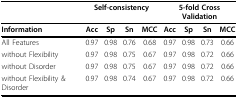
<table><thead><tr><td></td><td colspan="4"><b>Self-consistency</b></td><td colspan="4"><b>5-fold Cross Validation</b></td></tr></thead><tbody><tr><td><b>Information</b></td><td><b>Acc</b></td><td><b>Sp</b></td><td><b>Sn</b></td><td><b>MCC</b></td><td><b>Acc</b></td><td><b>Sp</b></td><td><b>Sn</b></td><td><b>MCC</b></td></tr><tr><td>All Features</td><td>0.97</td><td>0.98</td><td>0.76</td><td>0.68</td><td>0.97</td><td>0.98</td><td>0.73</td><td>0.66</td></tr><tr><td>without Flexibility</td><td>0.97</td><td>0.98</td><td>0.75</td><td>0.67</td><td>0.97</td><td>0.98</td><td>0.72</td><td>0.66</td></tr><tr><td>without Disorder</td><td>0.97</td><td>0.98</td><td>0.75</td><td>0.67</td><td>0.97</td><td>0.98</td><td>0.72</td><td>0.66</td></tr><tr><td>without Flexibility &amp; Disorder</td><td>0.97</td><td>0.98</td><td>0.74</td><td>0.67</td><td>0.97</td><td>0.98</td><td>0.72</td><td>0.66</td></tr></tbody></table>